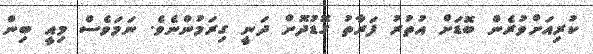
ކުރިއަށްވުރެން ބޮޑަށް އުތުރު ފަރާތު ގޮޑުދޮށް ދަނީ ގިރަމުންނެވެ. ނަމަވެސް މިއީ ބިން